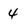
Character: 4